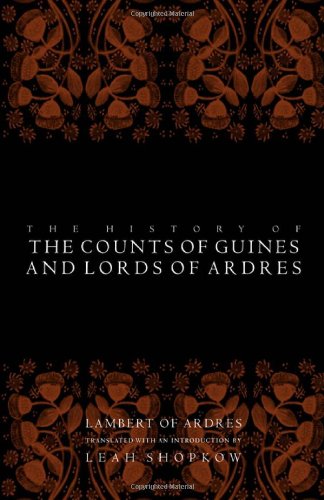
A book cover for The History of the Counts of Guines and Lords of Ardres (The Middle Ages Series); Lambert of Ardres; History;